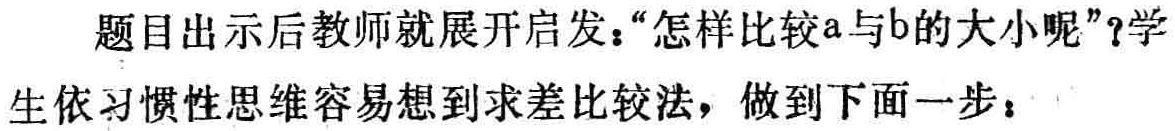
题目出示后教师就展开启发：“怎样比较\(a\)与\(b\)的大小呢”？学生依习惯性思维容易想到求差比较法，做到下面一步：